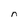
Character: n